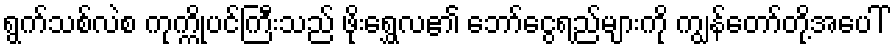
ရွက်သစ်လဲစ ကုက္ကိုပင်ကြီးသည် ဖိုးရွှေလ၏ ဘော်ငွေရည်များကို ကျွန်တော်တို့အပေါ်